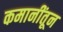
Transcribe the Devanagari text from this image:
कमानींतून